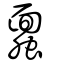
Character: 蠠